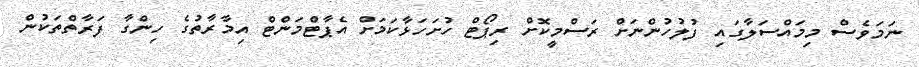
ނަމަވެސް މިމައްސަލާގައި ފުލުހުންނަށް ރަސްމީކޮށް ރިޕޯޓް ހުށަހަޅާކަމަށް އެޕާޓްމަންޓް އިމާރާތުގެ ހިންގާ ފަރާތްތަކުން